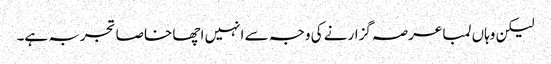
لیکن وہاں لمبا عرصہ گزارنے کی وجہ سے انہیں اچھا خاصا تجربہ ہے۔